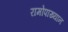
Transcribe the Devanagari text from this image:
रामोपाख्यान